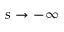
s \rightarrow - \infty